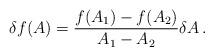
LaTeX: \begin{align*}\delta f(A)= \frac{f(A_1)-f(A_2)}{A_1-A_2}\delta A \,.\end{align*}